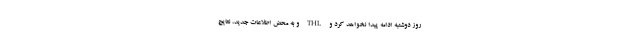
روز دوشنبه ادامه پیدا نخواهد کرد و THL و به محض اطلاعات جدید، نتایج